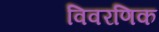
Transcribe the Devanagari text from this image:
विवरणिक